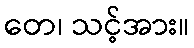
တေ၊ သင့်အား။